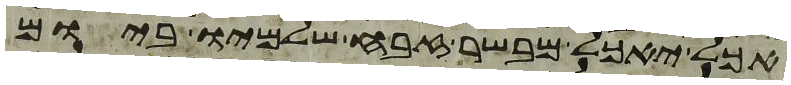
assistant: אכל יאכל מבשר זבח שלמיו ביום